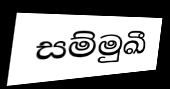
සම්මුඛී